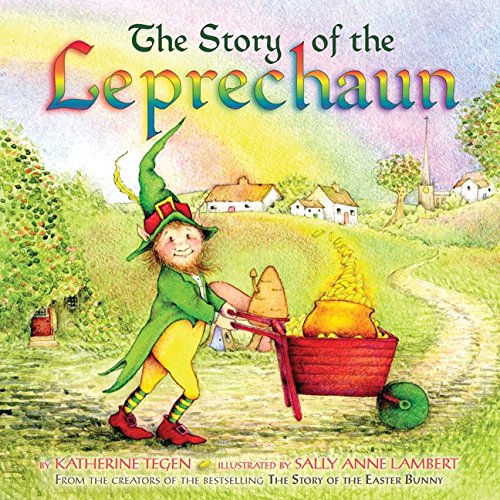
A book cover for The Story of the Leprechaun; Katherine Tegen; Children's Books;